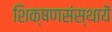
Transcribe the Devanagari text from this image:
शिक्षणसंस्थायें